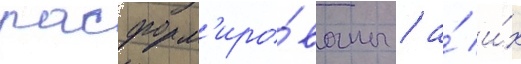
расформ'иро́ваны / а́ и́х